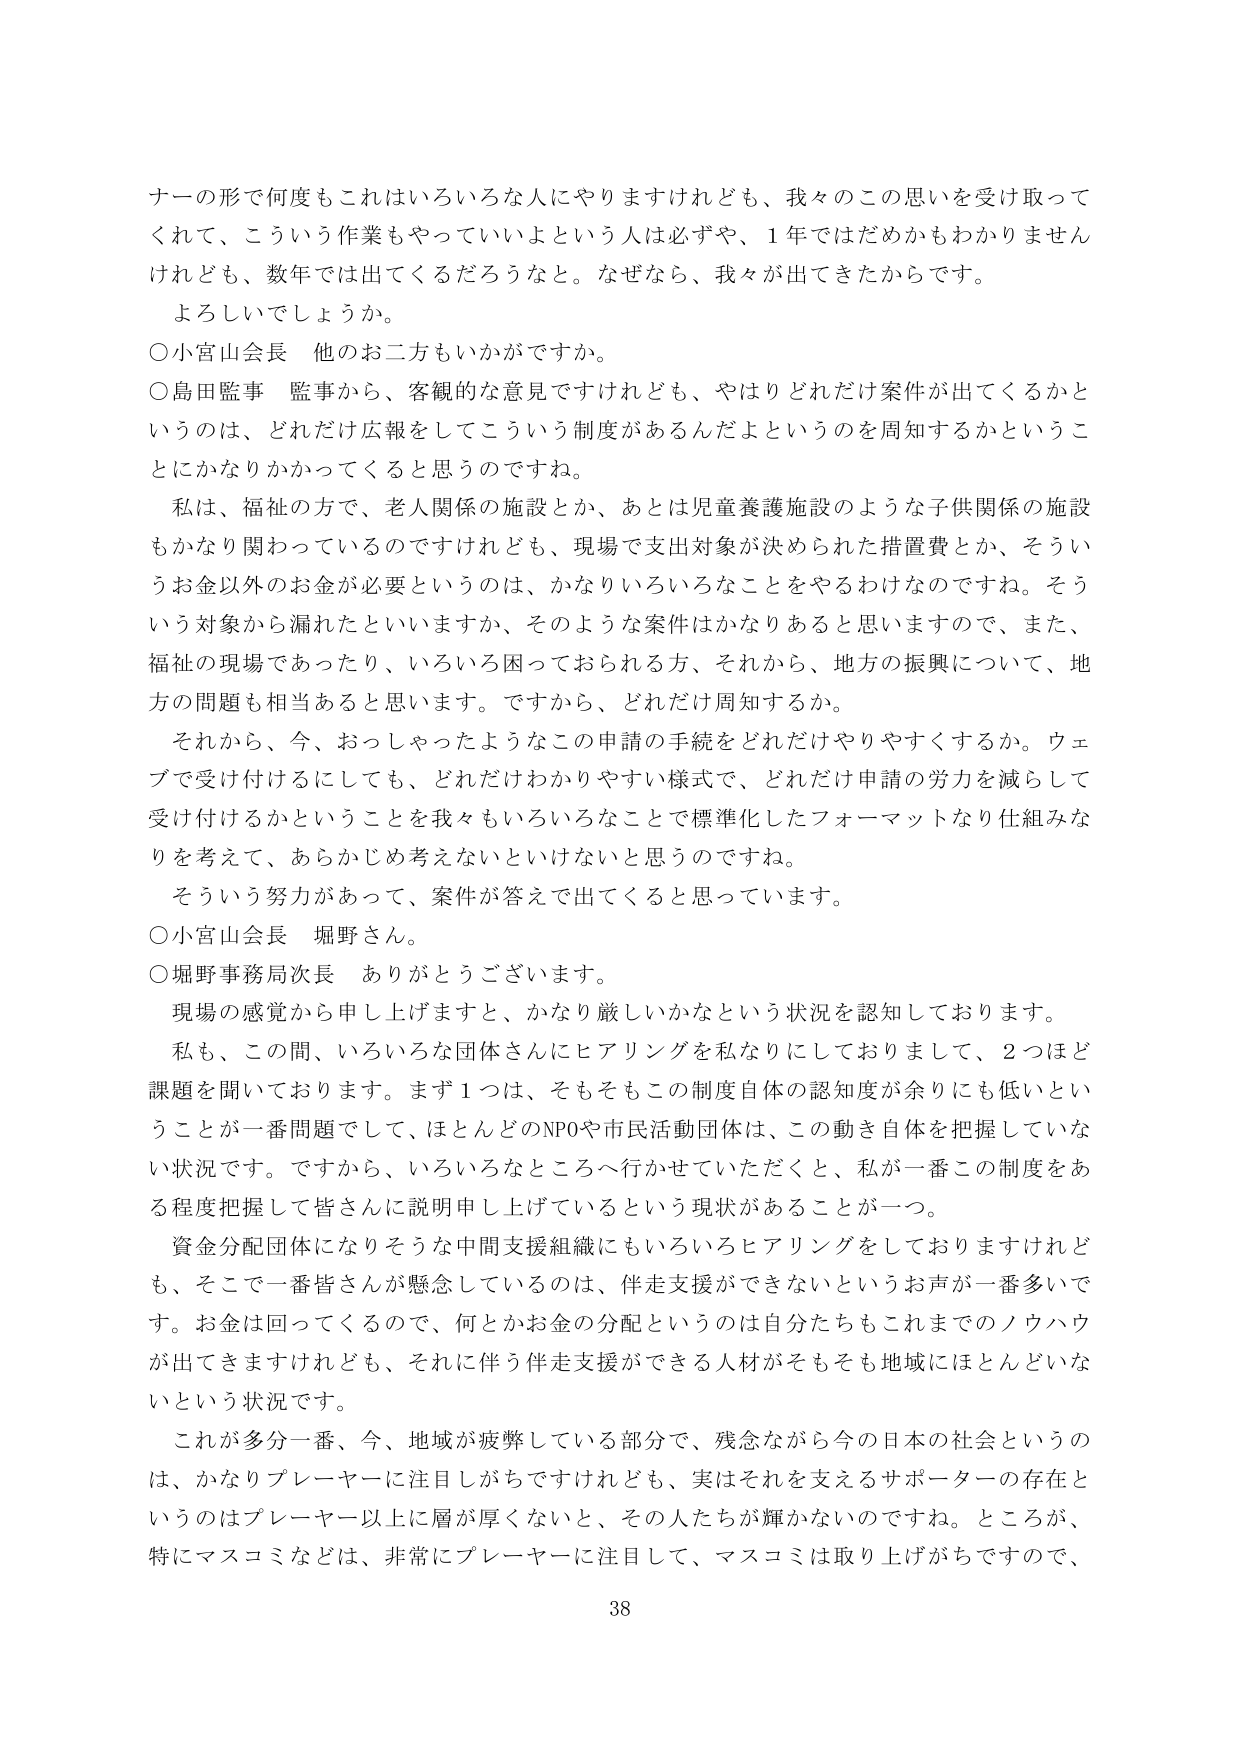
ナーの形で何度もこれはいろいろな人にやりますけれども、我々のこの思いを受け取って
くれて、こういう作業もやっていいよという人は必ずや、1年ではだめかもわかりません
けれども、数年では出てくるだろうなと。なぜなら、我々が出てきたからです。
よろしいでしょうか。
○小宮山会長 他のお二方もいかがですか。
○島田監事 監事から、客観的な意見ですけれども、やはりどれだけ案件が出てくるかと
いうのは、どれだけ広報をしてこういう制度があるんだよというのを周知するかというこ
とにかなりかかってくると思うのですね。
私は、福祉の方で、老人関係の施設とか、あとは児童養護施設のような子供関係の施設
もかなり関わっているのですけれども、現場で支出対象が決められた措置費とか、そうい
うお金以外のお金が必要というのは、かなりいろいろなことをやるわけなのですね。そう
いう対象から漏れたといいますか、そのような案件はかなりあると思いますので、また、
福祉の現場であったり、いろいろ困っておられる方、それから、地方の振興について、地
方の問題も相当あると思います。ですから、どれだけ周知するか。
それから、今、おっしゃったようなこの申請の手続をどれだけやりやすくするか。ウェ
ブで受け付けるにしても、どれだけわかりやすい様式で、どれだけ申請の労力を減らして
受け付けるかということを我々もいろいろなことで標準化したフォーマットなり仕組みな
りを考えて、あらかじめ考えないといけないと思うのですね。
そういう努力があって、案件が答えで出てくると思っています。
○小宮山会長 堀野さん。
○堀野事務局次長 ありがとうございます。
現場の感覚から申し上げますと、かなり厳しいかなという状況を認知しております。
私も、この間、いろいろな団体さんにヒアリングを私なりにしておりまして、2つほど
課題を聞いております。まず1つは、そもそもこの制度自体の認知度が余りにも低いとい
うことが一番問題として、ほとんどのNPOや市民活動団体は、この動き自体を把握していな
い状況です。ですから、いろいろなところへ行かせていただくと、私が一番この制度をあ
る程度把握して皆さんに説明申し上げているという現状があることが一つ。
資金分配団体になりそうな中間支援組織にもいろいろヒアリングをしておりますけれど
も、そこで一番皆さんが懸念しているのは、伴走支援ができないというお声が一番多いで
す。お金は回ってくるので、何とかお金の分配というのは自分たちもこれまでのノウハウ
が出てきますけれども、それに伴う伴走支援ができる人材がそもそも地域にほとんどいな
いという状況です。
これが多分一番、今、地域が疲弊している部分で、残念ながら今の日本の社会というの
は、かなりプレーヤーに注目しがちですけれども、実はそれを支えるサポーターの存在と
いうのはプレーヤー以上に層が厚くないと、その人たちが輝かないのですね。ところが、
特にマスコミなどは、非常にプレーヤーに注目して、マスコミは取り上げがちですので、
38